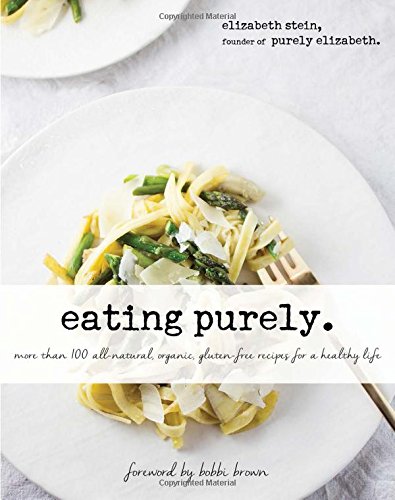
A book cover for Eating Purely: More Than 100 All-Natural, Organic, Gluten-Free Recipes for a Healthy Life; Elizabeth Stein; Cookbooks, Food & Wine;